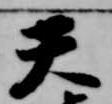
天